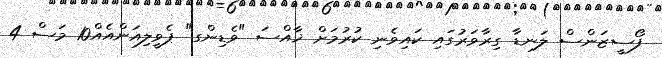
ފޯސީޒަންސް ލަނޑާ ގިރާވަރުގައި ކައިވެނި ކުުރުމަށް ޚާއްސަ "ވެޑިންގ" ޕެވީލިއަންއެއް10 މަސް 4